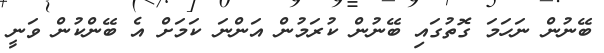
ބޭނުން ނަހަމަ ގޮތުގައި ބޭނުން ކުރަމުން އަންނަ ކަމަށް އެ ބޭންކުން ވަނީ